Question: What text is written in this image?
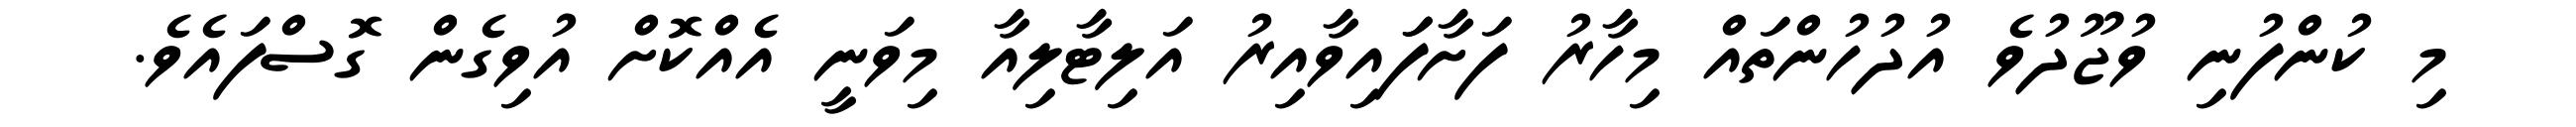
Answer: މި ކުންފުނި ވުޖޫދުވެ އުދުހުންތައް މިހާރު ފަށާފަައިވާއިރު އަލިޓާލިއާ މިވަނީ އެއްކޮށް އުވިގެން ގޮސްފައެވެ.